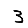
Digit: 3